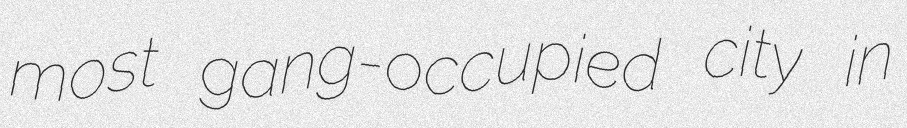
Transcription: most gang-occupied city in